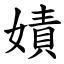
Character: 嫧